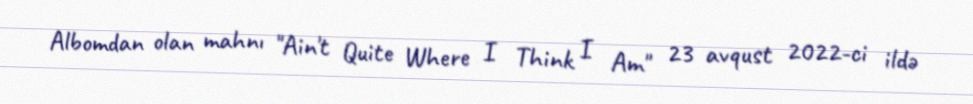
Albomdan olan mahnı "Ain't Quite Where I Think I Am" 23 avqust 2022-ci ildə